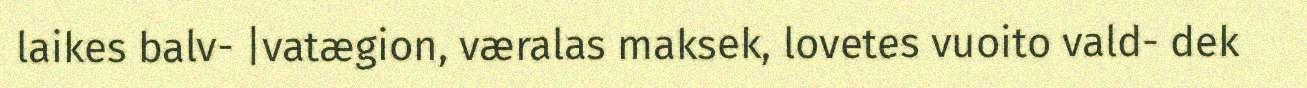
laikes balv- |vatægion, væralas maksek, lovetes vuoito vald- dek